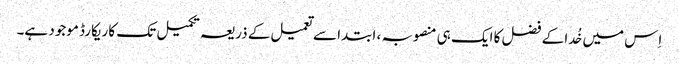
اِس میں خُدا کے فضل کا ایک ہی منصوبہ ، ابتدا سے تعمیل کے ذریعہ تکمیل تک کا ریکارڈ موجود ہے۔